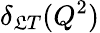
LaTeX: \delta_{\mathfrak{L}T}(Q^{2})